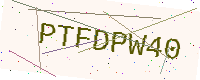
Text: PTFDPW40